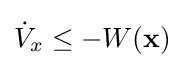
{\dot {V}}_{x}\leq -W(\mathbf {x} )